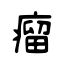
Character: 瘤